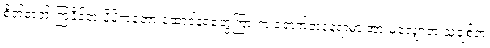
စိတ်ဓာတ် ကြံ့ခိုင်တဲ့ ပိုပိုကတော့ ထောင်နံရံတွေကြားက ရောက်တဲ့နေရာမှာ အားမလျှော့ဘဲ သူချစ်တဲ့